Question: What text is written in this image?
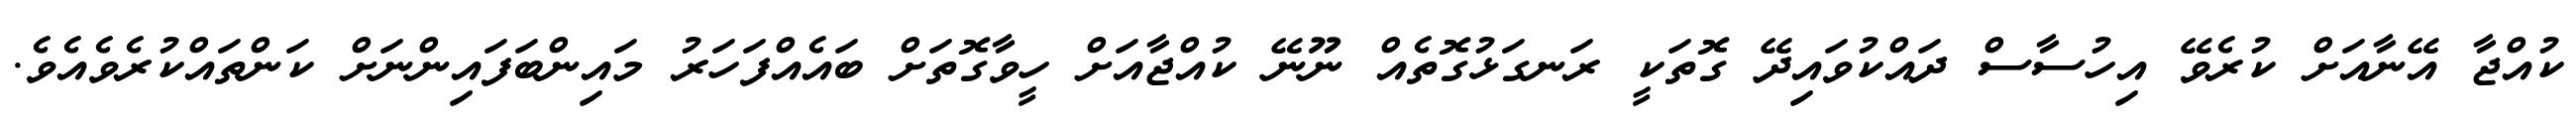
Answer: ކުއްޖާ އޭނާއަށް ކުރެވޭ އިހުސާސް ދައްކުވައިދޭ ގޮތަކީ ރަނގަޅުގޮތެއް ނޫނޭ ކުއްޖާއަށް ހީވާގޮތަށް ބައެއްފަހަރު މައިންބަފައިންނަށް ކަންތައްކުރެވެއެވެ.